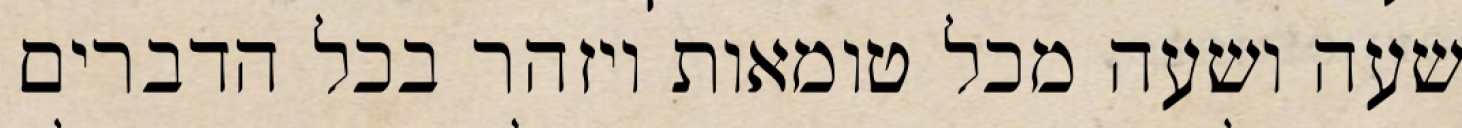
שעה ושעה מכל טומאות ויזהר בכל הדברים